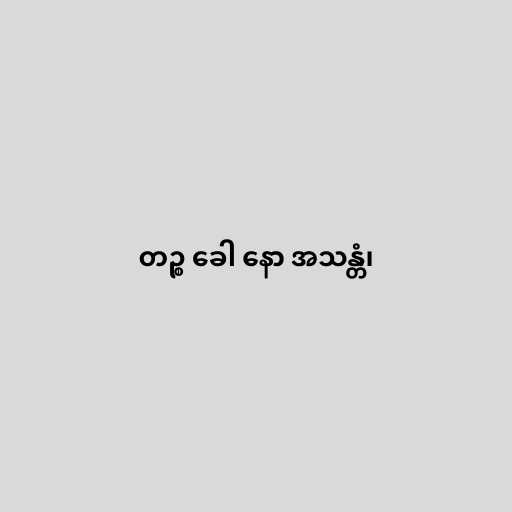
တဉ္စ ခေါ နော အသန္တံ၊